Kassari_(Keina)_vallavalitsus, lk 17
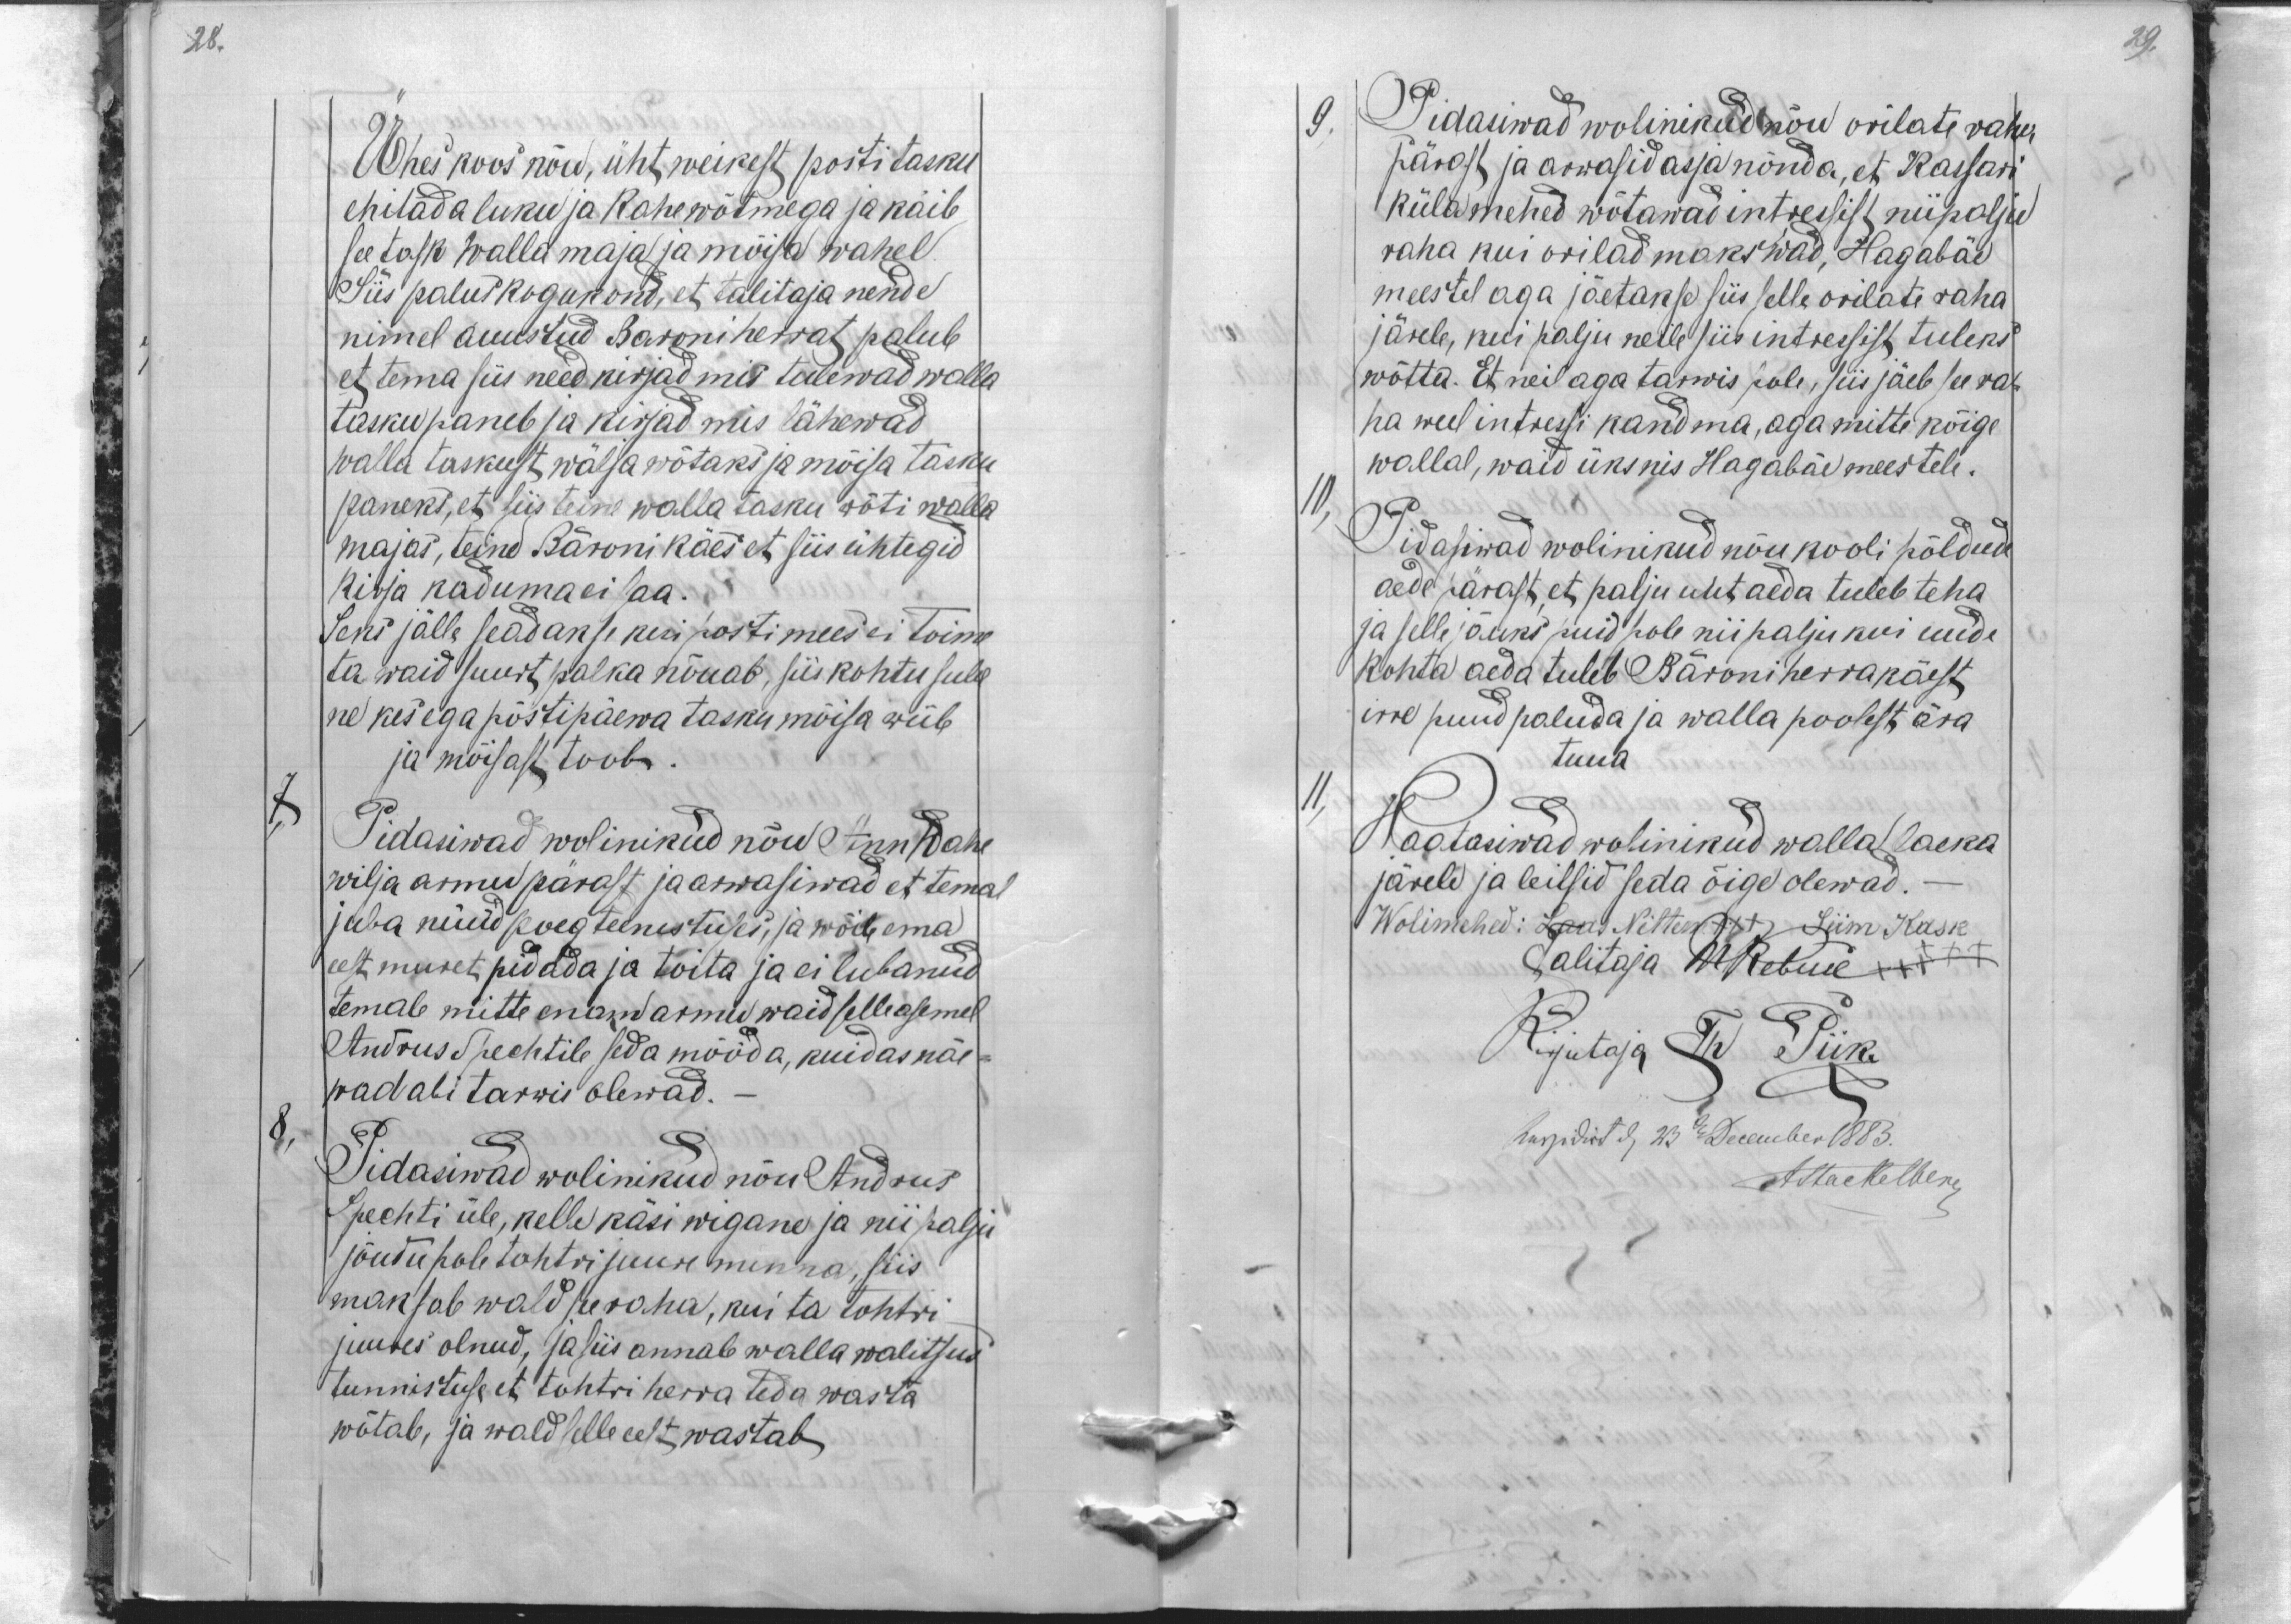
28.

Ühes koos nõu, üht, weikest posti tasku
ehitada luku ja kahe wõtmega ja käib
see task walla maja ja mõisa wahel
Siis palus kogukond, et talitaja nende
nimel auustud Baroni herrat palub
et tema siis need kirjad mis tulewad walla
tasku paneb ja kirjad mis lähewad
walla taskust, wälja wõtaks ja mõisa tasku
paneks, et siis teine walla tasku wõti walla
majas, teine Baroni käes et siis ühtegid
kirja kaduma ei saa.
Seni jälle seadakse kui posti mees ei toime
ta waid suurt palka nõuab, siis kohtu sula
ne kes ega postipäewa tasku mõisa wiib
ja mõisast toob.
7,
Pidasiwad wolinikud nõud Ann Wahe
wilja armu pärast ja arwasiwad et temal
juba nüüd poeg teenistuses, ja wõib ema
eest muret pidada ja toita ja ei lubanud
temale mitte enam armu waid selle asemel
Andrus Spechtile seda mööda, kuidas näe-
wad abi tarwis olewad.
8,
Pidasiwad wolinikud nõu Andrus
Spechti üle, kelle käsi wigane ja nii palju
jõudu pole tohtri juure minna, siis
maksab wald see raha, kui ta tohtri
juures olnud, ja siis annab walla walitsus
tunnistuse et tohtri herra teda wasta
wõtab, ja wald selle eest wastab

29.

9.
Pidasiwad wolinikud nõu orilate raha
pärast ja arwasid asja nõnda, et Kassari
külamehed wõtawad intressist niipalju
raha kui orilad makswad. Hagabäe
meestel aga jäetakse siis selle orilate raha
järele, kui palju neile siis intressist tuleks
wõtta. Et neil aga tarwis pole, siis jäeb see ra-
ha weel intressi kandma, aga mitte kõige
wallal, waid üksnis Hagabäe meestele.
10,
Pidasiwad wolinikud nõu kooli põldude
aede pärast, et palju uut aeda tuleb teha
ja selle jõuks puid pole nii palju kui uude
kohta aeda tuleb Bäroni herra käest
irre puud paluda ja walla poolest ära
tuua
11
Waatasiwad wolinikud walla laeka
järele ja leitsid seda õige olewad.
Wolimehed: Laas Nittem +++ Siim Kask
Talitaja A. Rebuse XXX
Kirjutaja Th Piik
hupidist d, 23 December 1883.
AStackelberg